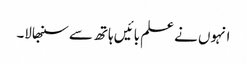
انہوں نے علم بائیں ہاتھ سے سنبھالا۔